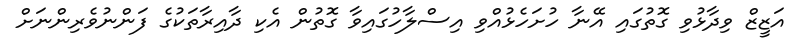
އަޒީޒް ވިދާޅުވި ގޮތުގައި އޭނާ ހުށަހެޅުއްވި އިސްލާހުގައިވާ ގޮތުން އެކި ދާއިރާތަކުގެ ފަންނުވެރިންނަށް